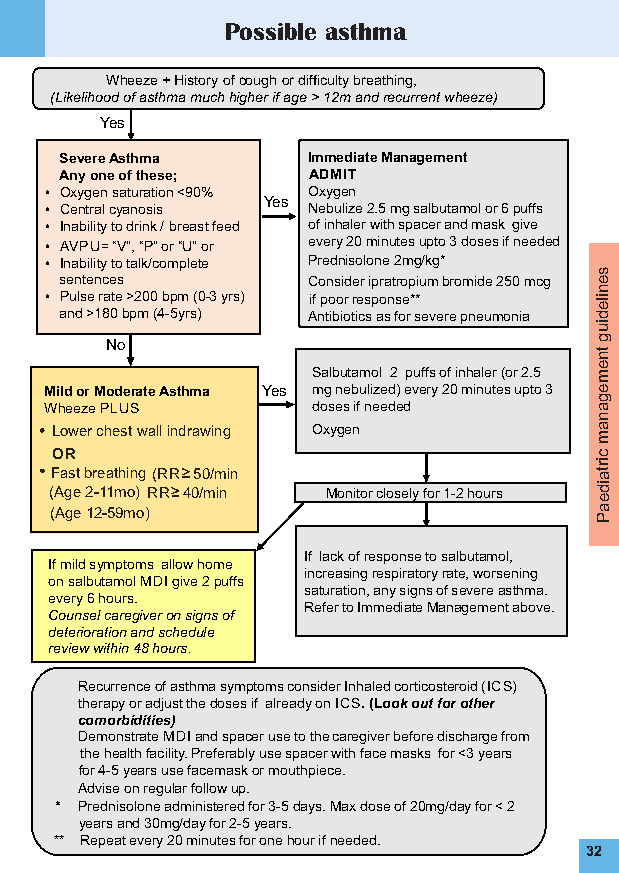
Possible asthma
 Wheeze + History of cough or difficulty breathing,
 (Likelihood of asthma much higher if age > 12m and recurrent wheeze)
 Yes
 Severe Asthma   ImmediateManagement
 Any one of these; ADMIT
 • Oxygen saturation <90% Oxygen
 Yes
 • Central cyanosis Nebulize 2.5 mg salbutamol or 6 puffs
 • Inability to drink / breast feed of inhaler with spacer and mask give
 • AVPU= “V”, “P” or “U” or every 20 minutes upto 3 doses if needed
 • Inability to talk/complete Prednisolone 2mg/kg*
 s
 sentences       Consideripratropium bromide 250 mcg e
 n
 • Pulse rate >200 bpm (0-3 yrs) if poor response** ile
 and >180 bpm (4-5yrs) Antibiotics as for severe pneumonia d
 iu
 No                              g
 tn
 Salbutamol 2 puffs of inhaler (or 2.5 e m
 Mild or Moderate Asthma Yes mg nebulized) every 20 minutes upto 3 e
 g
 Wheeze PLUS       doses if needed   a
 n
 Lower chest wall indrawing Oxygen   a m
 OR                                  c
 Fast breathing (RR 50/min
 irta
 (Age 2-11mo) RR 40/min Monitor closely for 1-2 hours id e
 (Age 12-59mo)                       a P
 If lack of response to salbutamol,
 If mild symptoms allow home
 increasing respiratory rate, worsening
 on salbutamol MDI give 2 puffs
 saturation, any signs of severe asthma.
 every 6 hours.
 Refer to Immediate Management above.
 Counsel caregiver on signs of
 deterioration and schedule
 review within 48 hours.
 Recurrence of asthma symptoms consider Inhaled corticosteroid (ICS)
 therapy or adjust the doses if already on ICS. (Look out for other
 comorbidities)
 Demonstrate MDI and spacer use to the caregiverbefore discharge from
 the health facility. Preferably use spacer with face masks for <3 years
 for 4-5 years use facemask or mouthpiece.
 Advise on regular follow up.
 * Prednisolone administered for 3-5 days. Max dose of 20mg/day for < 2
 years and 30mg/day for 2-5 years.
 ** Repeat every 20 minutes for one hour if needed.
 32